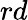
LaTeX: rd